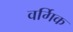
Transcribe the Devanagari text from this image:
वर्गिक